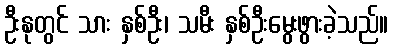
ဦးနုတွင် သား နှစ်ဦး၊ သမီး နှစ်ဦးမွေးဖွားခဲ့သည်။